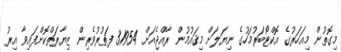
މިގޮތުން މިއަހަރުގެ އޮކްޓޯބަރުމަހުގެ ނިޔަލަށް މިޤައުމުން ރާއްޖެއަށް 31954 ފަތުރުވެރިން ޒިޔާރަތްކޮށްފައިވާ އިރު